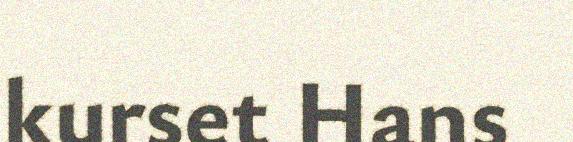
kurset Hans